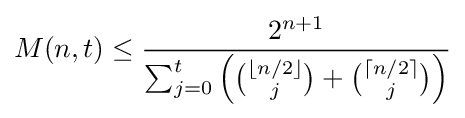
M(n,t)\leq {\frac {2^{n+1}}{\sum _{j=0}^{t}{\left({\binom {\lfloor n/2\rfloor }{j}}+{\binom {\lceil n/2\rceil }{j}}\right)}}}